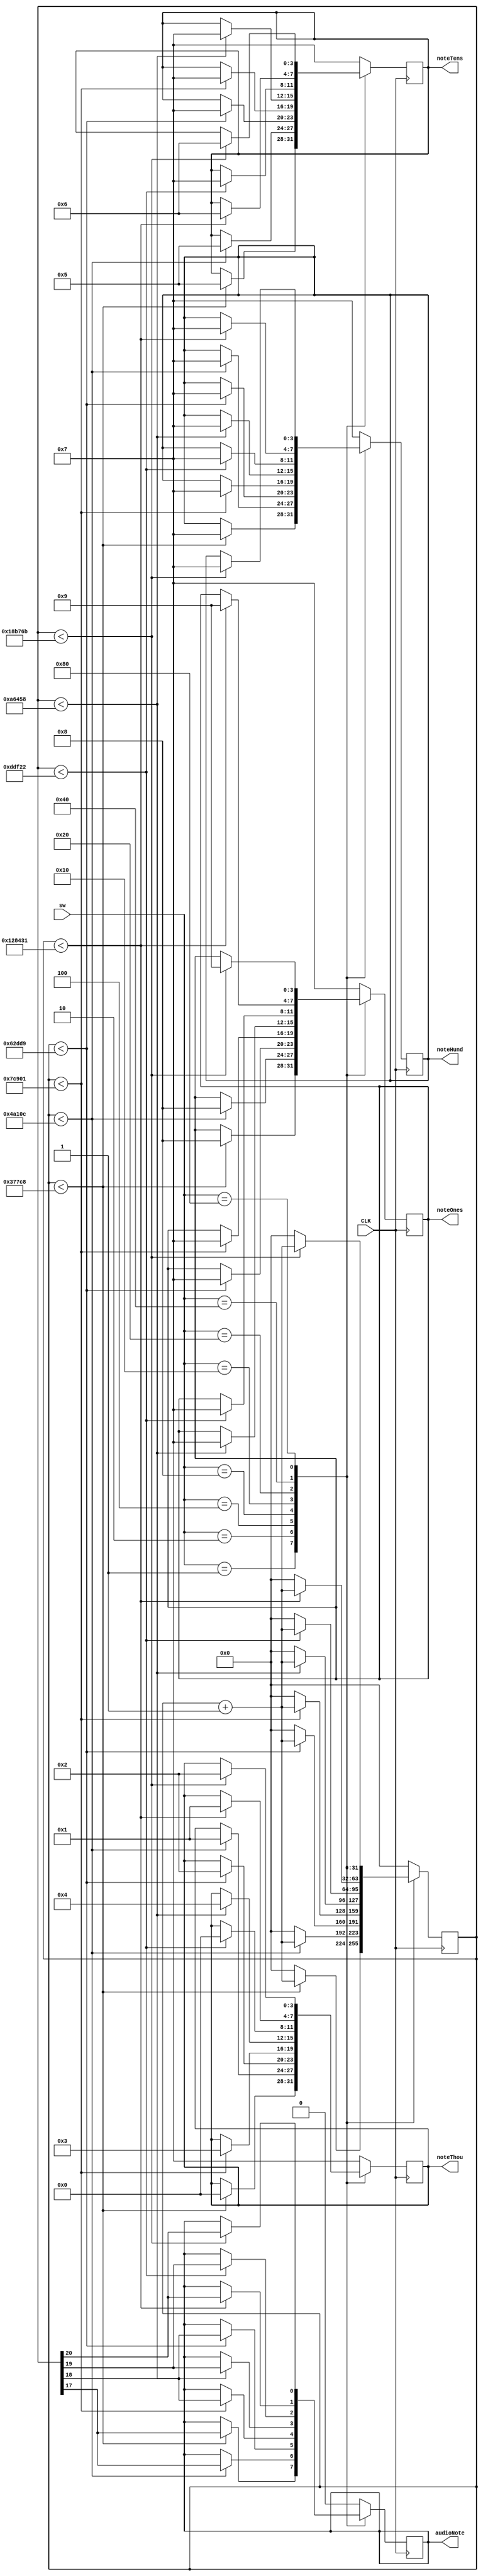
`timescale 1ns / 1ps


module Test_NoteControl(input CLK,
                        input [7:0] sw,
                        output reg [3:0] noteOnes, noteTens, noteHund, noteThou,
                        output reg audioNote
                        );
  
      parameter QUARTER_NOTE = 25_000_000; //1 secon3
      parameter A_HIGH_NOTE = 227_273; //440Hz frequency
      parameter E_HIGH_NOTE = 303_373; //330Hz
      parameter B_NOTE = 404_954; //246Hz
      parameter G_NOTE = 510_210; //196Hz
      parameter D_NOTE = 681_049; //147Hz
      parameter A_NOTE = 909_091; //110Hz
      parameter E_LOW_NOTE = 1_213_490; //82Hz
      parameter B_LOW_NOTE = 1_619_820;  //62Hz 
      
      reg [31:0] phase = 0;
      reg [3:0] play_note = 0;
      reg [31:0] note_position = 0;
      reg [31:0] note_time = 0;
     
      
      always@(posedge CLK) begin  
            
      case(sw)
      8'h01: begin
        if(phase < A_HIGH_NOTE-1) begin
            phase <= phase + 1;
            audioNote <= phase[17];
            noteOnes <= 8; //I
            noteTens <= 5; //H
            noteHund <= 7; //off
            noteThou <= 0; //A
         end
        else
            phase <= 0; 
        end  
      8'h02: begin
        if(phase < E_HIGH_NOTE-1) begin
            phase <= phase + 1;
            audioNote <= phase[17];
            noteOnes <= 8; //I
            noteTens <= 5; //H
            noteHund <= 7; //off
            noteThou <= 1; //E
         end
        else
            phase <= 0; 
        end    
      8'h04: begin
        if(phase < B_NOTE-1) begin
            phase <= phase + 1;
            audioNote <= phase[18];
            noteOnes <= 7; //off
            noteTens <= 7; //off
            noteHund <= 7; //off
            noteThou <= 2; //b
         end
        else
            phase <= 0; 
        end   
      8'h08: begin 
        if(phase < G_NOTE-1) begin
            phase <= phase + 1;
            audioNote <= phase[18];
            noteOnes <= 7; //off
            noteTens <= 7; //off
            noteHund <= 7; //off
            noteThou <= 3; //g
         end
        else
            phase <= 0; 
        end  
      8'h10: begin
        if(phase < D_NOTE-1) begin
            phase <= phase + 1;
            audioNote <= phase[19];
            noteOnes <= 7; //off
            noteTens <= 7; //off
            noteHund <= 7; //off
            noteThou <= 4; //d
         end
        else
            phase <= 0; 
        end  
      8'h20: begin
        if(phase < A_NOTE-1) begin
            phase <= phase + 1;
            audioNote <= phase[19];
            noteOnes <= 7; //off
            noteTens <= 7; //off
            noteHund <= 7; //off
            noteThou <= 0; //A
         end
        else
            phase <= 0; 
        end  
      8'h40: begin
        if(phase < E_LOW_NOTE-1) begin
            phase <= phase + 1;
            audioNote <= phase[20];
            noteOnes <= 9; //O
            noteTens <= 6; //L
            noteHund <= 7; //off
            noteThou <= 1; //E
         end
        else
            phase <= 0; 
        end  
      8'h80: begin
        if(phase < B_LOW_NOTE-1) begin
            phase <= phase + 1;
            audioNote <= phase[20];
            noteOnes <= 9; //O
            noteTens <= 6; //L
            noteHund <= 7; //off
            noteThou <= 2; //b
         end
        else
            phase <= 0; 
        end  
        
      default: begin
        phase <= 0;
        audioNote <= 0;
        noteOnes <= 7; //off
        noteTens <= 7; //off
        noteHund <= 7; //off
        noteThou <= 7; //off
        end
      endcase
     end    

endmodule